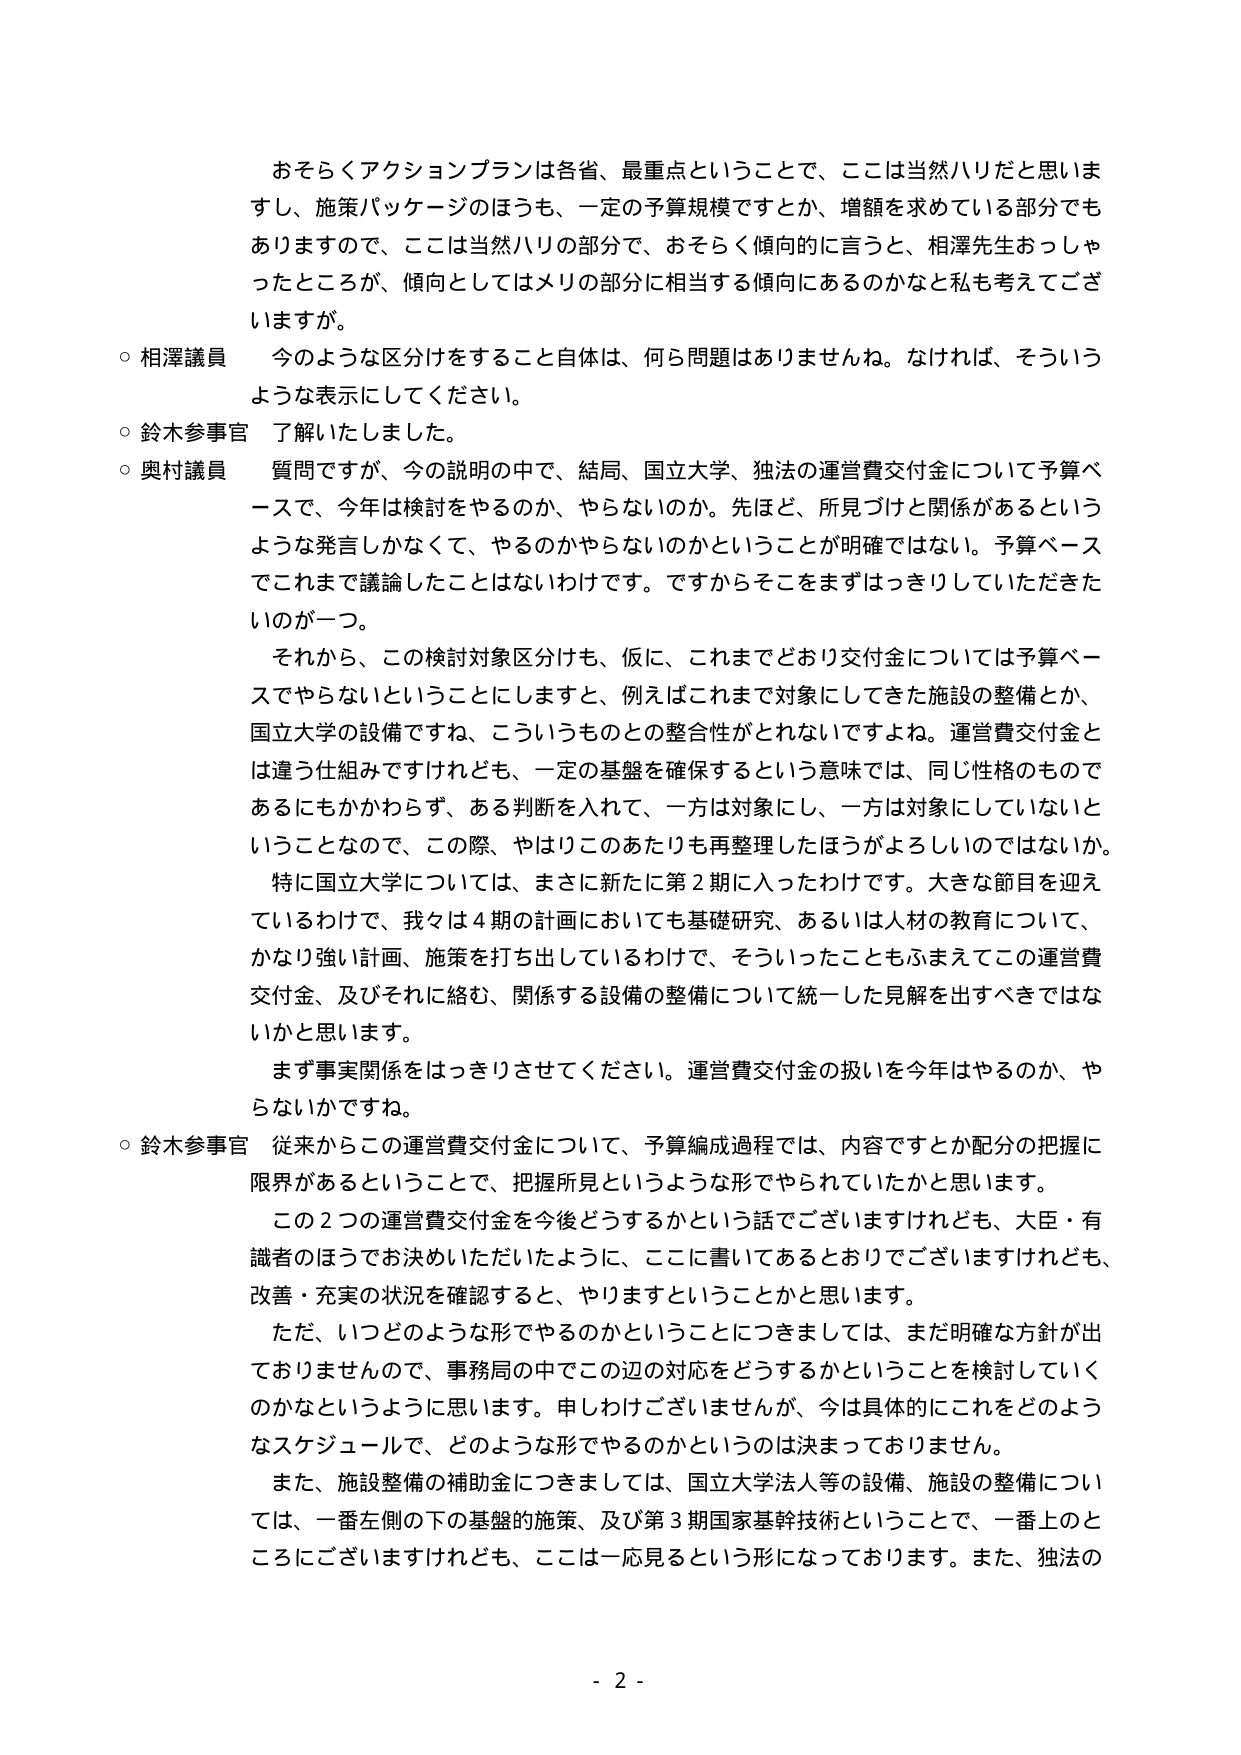
おそらくアクションプランは各省、最重点ということで、ここは当然ハリだと思いま
すし、施策パッケージのほうも、一定の予算規模ですとか、増額を求めている部分でも
ありますので、ここは当然ハリの部分で、おそらく傾向的に言うと、相澤先生おっしゃ
ったところが、傾向としてはメリの部分に相当する傾向にあるのかなと私も考えてござ
いますか。

○ 相澤議員　今のような区分けをすること自体は、何ら問題はありませんね。なければ、そういう
ような表示にしてください。

○ 鈴木参事官　了解いたしました。

○ 奥村議員　質問ですが、今の説明の中で、結局、国立大学、独法の運営費交付金について予算ベ
ースで、今年は検討をやるのか、やらないのか。先ほど、所見づけと関係があるという
ような発言しかなくて、やるのかやらないのかということが明確ではない。予算ベース
でこれまで議論したことはないわけです。ですからそこをまずはっきりしていただきた
いのが一つ。

　それから、この検討対象区分けも、仮に、これまでどおり交付金については予算ベー
スでやらないということにしますと、例えばこれまで対象にしてきた施設の整備とか、
国立大学の設備ですね、こういうものとの整合性がとれないですよね。運営費交付金と
は違う仕組みですけれども、一定の基盤を確保するという意味では、同じ性格のもので
あるにもかかわらず、ある判断を入れて、一方は対象にし、一方は対象にしていないと
いうことなので、この際、やはりこのあたりも再整理したほうがよろしいのではないか。

　特に国立大学については、まさに新たに第２期に入ったわけです。大きな節目を迎え
ているわけで、我々は４期の計画においても基礎研究、あるいは人材の教育について、
かなり強い計画、施策を打ち出しているわけで、そういったこともふまえてこの運営費
交付金、及びそれに絡む、関係する設備の整備について統一した見解を出すべきではな
いかと思います。

　まず事実関係をはっきりさせてください。運営費交付金の扱いを今年はやるのか、や
らないかですね。

○ 鈴木参事官　従来からこの運営費交付金について、予算編成過程では、内容ですとか配分の把握に
限界があるということで、把握所見というような形でやられていたかと思います。

　この２つの運営費交付金を今後どうするかという話でございますけれども、大臣・有
識者のほうでお決めいただいたように、ここに書いてあるとおりでございますけれども、
改善・充実の状況を確認すると、やりますということかと思います。

　ただ、いつどのような形でやるのかということにつきましては、まだ明確な方針が出
ておりませんので、事務局の中でこの辺の対応をどうするかということを検討していく
のかなというように思います。申しわけございませんが、今は具体的にこれをどのような
スケジュールで、どのような形でやるのかというのは決まっておりません。

　また、施設整備の補助金につきましては、国立大学法人等の設備、施設の整備につい
ては、一番左側の下の基盤的施策、及び第３期国家基幹技術ということで、一番上のと
ころにございますけれども、ここは一応見るという形になっております。また、独法の

- 2 -